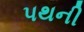
પથની